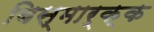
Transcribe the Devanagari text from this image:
बिस्मार्क्क